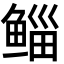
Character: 鲻